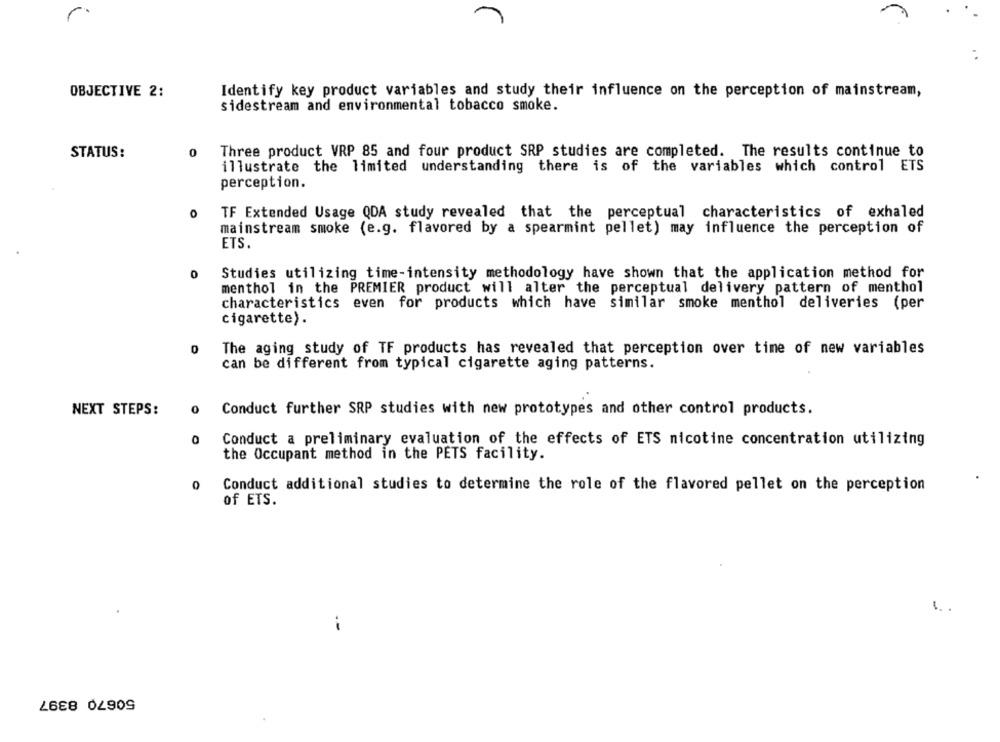
r.
OBJECTIVE 2:
Identify key product variables and study their influence on the perception of mainstream,
sidestream and environmental tobacco smoke.
STATUS:
0
Three product VRP 85 and four product SRP studies are completed. The results continue to
illustrate the limited understanding there is of the variables which control ETS
perception.
0
TF Extended Usage QDA study revealed that the perceptual characteristics of exhaled
mainstream smoke (e.g. flavored by a spearmint pellet) may influence the perception of
ETS.
0
Studies utilizing time-intensity methodology have shown that the application method for
menthol in the PREMIER product will alter the perceptual delivery pattern of menthol
characteristics even for products which have similar smoke menthol deliveries (per
cigarette).
0
The aging study of TF products has revealed that perception over time of new variables
can be different from typical cigarette aging patterns.
NEXT STEPS:
0
Conduct further SRP studies with new prototypes and other control products.
0
Conduct a preliminary evaluation of the effects of ETS nicotine concentration utilizing
the Occupant method in the PETS facility.
0
Conduct additional studies to determine the role of the flavored pellet on the perception
of ETS.
1.
.-
50670 8397